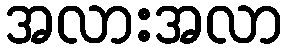
အလားအလာ